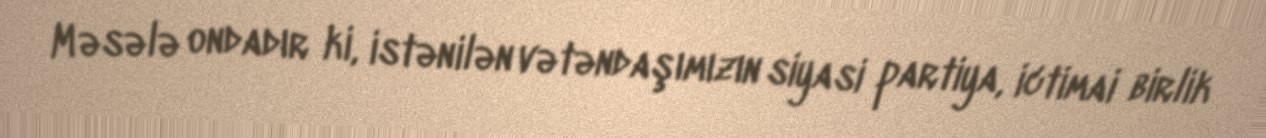
Məsələ ondadır ki, istənilən vətəndaşımızın siyasi partiya, ictimai birlik